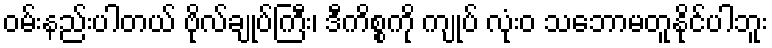
ဝမ်းနည်းပါတယ် ဗိုလ်ချုပ်ကြီး၊ ဒီကိစ္စကို ကျုပ် လုံးဝ သဘောမတူနိုင်ပါဘူး